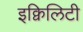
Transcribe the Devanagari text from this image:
इक्विलिटी